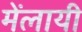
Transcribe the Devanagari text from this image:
मेंलायी